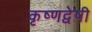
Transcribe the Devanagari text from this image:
कृष्णद्वेषी